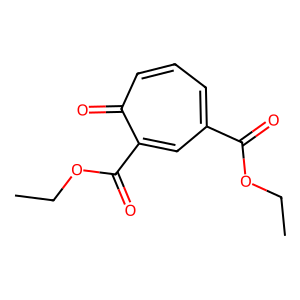
SMILES: CCOC(=O)c1cccc(=O)c(C(=O)OCC)c1
Inhibits HIV replication: No